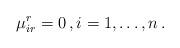
LaTeX: \begin{align*}\mu_{ir}^{ r}=0\,,i=1,\dots,n\,.\end{align*}